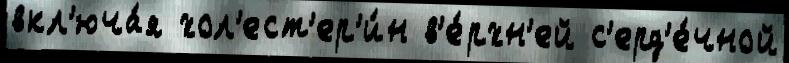
вкл'юча́я хол'ест'ер'и́н в'е́рхн'ей с'ерд'е́чной